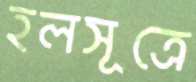
হলসূত্রে